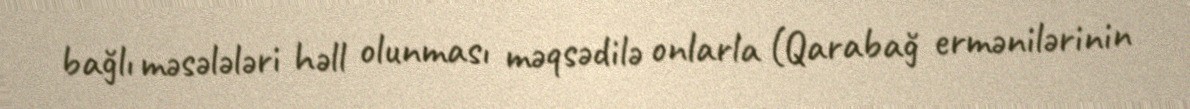
bağlı məsələləri həll olunması məqsədilə onlarla (Qarabağ ermənilərinin